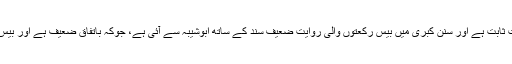
یہ صحیح بخاری وصحیح مسلم کی روایت ہے اور صحیح احادیث سے نبی کریم ﷺ کی نمازِتراویح آٹھ رکعت ثابت ہے اور سنن کبریٰ میں بیس رکعتوں والی روایت ضعیف سند کے ساتھ ابوشیبہ سے آئی ہے، جوکہ باتفاق ضعیف ہے اور بیس رکعتیں خلفائے راشدین کی سنت ہے اور مرفوع کے حکم میں ہے ، اگرچہ اس کی قوی سند ہمیں نہیں ملی۔